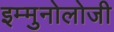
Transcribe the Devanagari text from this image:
इम्मुनोलोजी